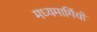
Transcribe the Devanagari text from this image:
मध्यमार्गियों